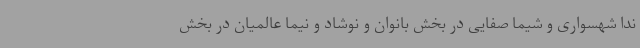
ندا شهسواری و شیما صفایی در بخش بانوان و نوشاد و نیما عالمیان در بخش